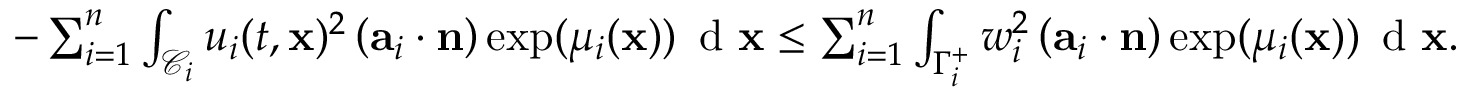
\begin{array} { r } { - \sum _ { i = 1 } ^ { n } \int _ { \mathcal { C } _ { i } } u _ { i } ( t , \mathbf { x } ) ^ { 2 } \left( \mathbf { a } _ { i } \cdot \mathbf { n } \right) \exp ( \mu _ { i } ( \mathbf { x } ) ) \, \textup { d } \mathbf { x } \leq \sum _ { i = 1 } ^ { n } \int _ { \Gamma _ { i } ^ { + } } w _ { i } ^ { 2 } \left( \mathbf { a } _ { i } \cdot \mathbf { n } \right) \exp ( \mu _ { i } ( \mathbf { x } ) ) \, \textup { d } \mathbf { x } . } \end{array}